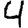
Digit: 4